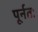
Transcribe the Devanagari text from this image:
पूर्नतः